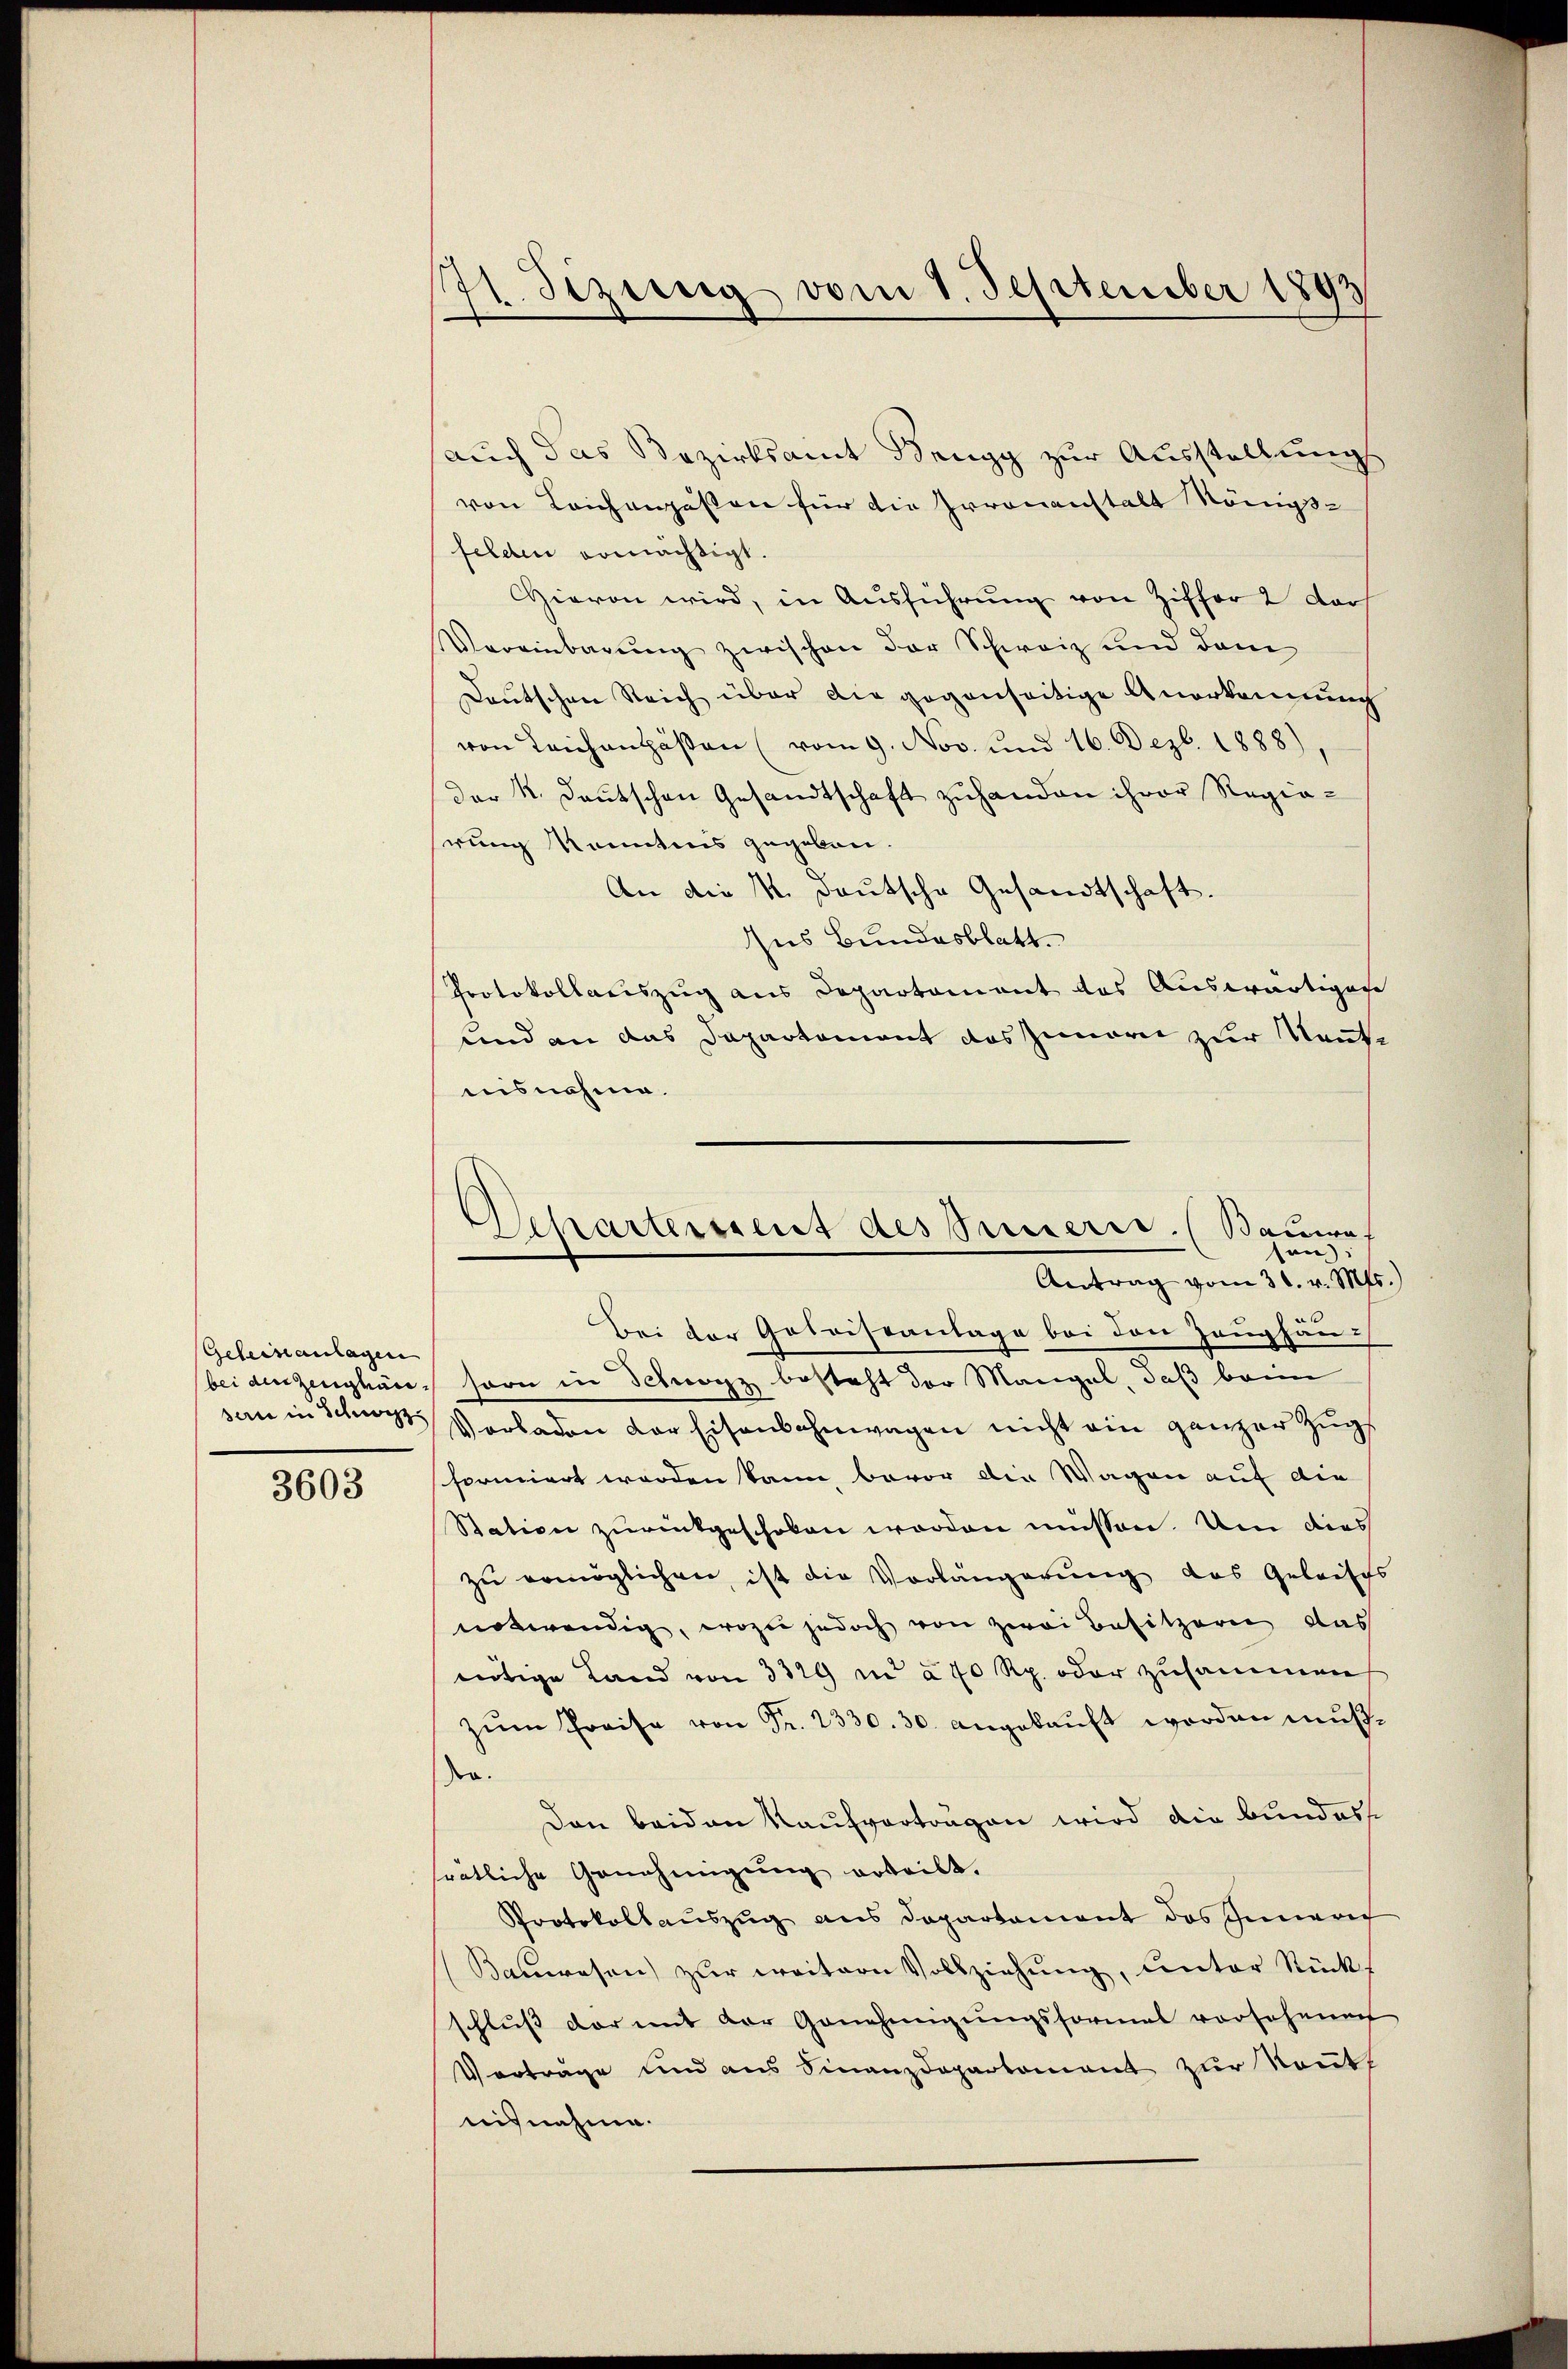
Geleiseanlagen
bei den Zeughäu
serie in Schwyz

3603

71. Sezing vom 1. September 1897

Scharterseit des Sauerre. (Bauwes
sen:
Antrag vom 31. v. Mts.

auch das Bezirksamt Rengg zur Ausstellung
von Leichengesten für die Irronenstalt Königs-
felden ermächtigt.
Hievon wird, in Ausführung von Ziffer 2 der
Vereinbarŭng zwischen der Schweiz und dem
Deutschen Reich über die gegenseitige Anerkennung
von Leichansäßen (vom 9. Nov. und 16. Dezb. 1888)
der K. Deutschen Gesandtschaft zuhanden ihrer Regierung konntens gegeben.
An die M. deutsche Gesandtschaft.
Ins Bundesblatt.
Protokollauszug aus Departement des Auswärtigese
und an das Departement das Zinori zur Neutnisnahme.
Bei der Gotoiseanlage bei den Zeughäu-
horn in Schwyz besteht der Mangel, daß beim
Vorladen der Eisenbahnwagen nicht ein ganzer Zugs
formiert worden kann, bevor die Wagen auf die
Station zurückgeschoben worden müssen. Um dies
zu ermöglichen, ist die Vorlängerung das Geleists
notwendig, wozu jedoch von zwei Besitzern das
eutige Land von 3329 in à 40 Rp. oder zusammen
zŭm Preise von Fr. 2330. 30. angekauft worden mußder.
Den beiden Kaufverträgen wird die bundess
srätliche Genehmigung erteilt.
Protokollauszug aus Departament das Innere
Bauwesen zur weitern Vollziehung, unter Rücks
schlŭβ der mit der Genehmigŭngsformal vorsehenech
Vorträge und aus Finanzdepartement zur Routt
nisnehme.